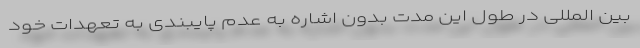
بین المللی در طول این مدت بدون اشاره به عدم پایبندی به تعهدات خود